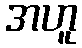
အဟူ